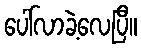
ပေါ်လာခဲ့လေပြီ။